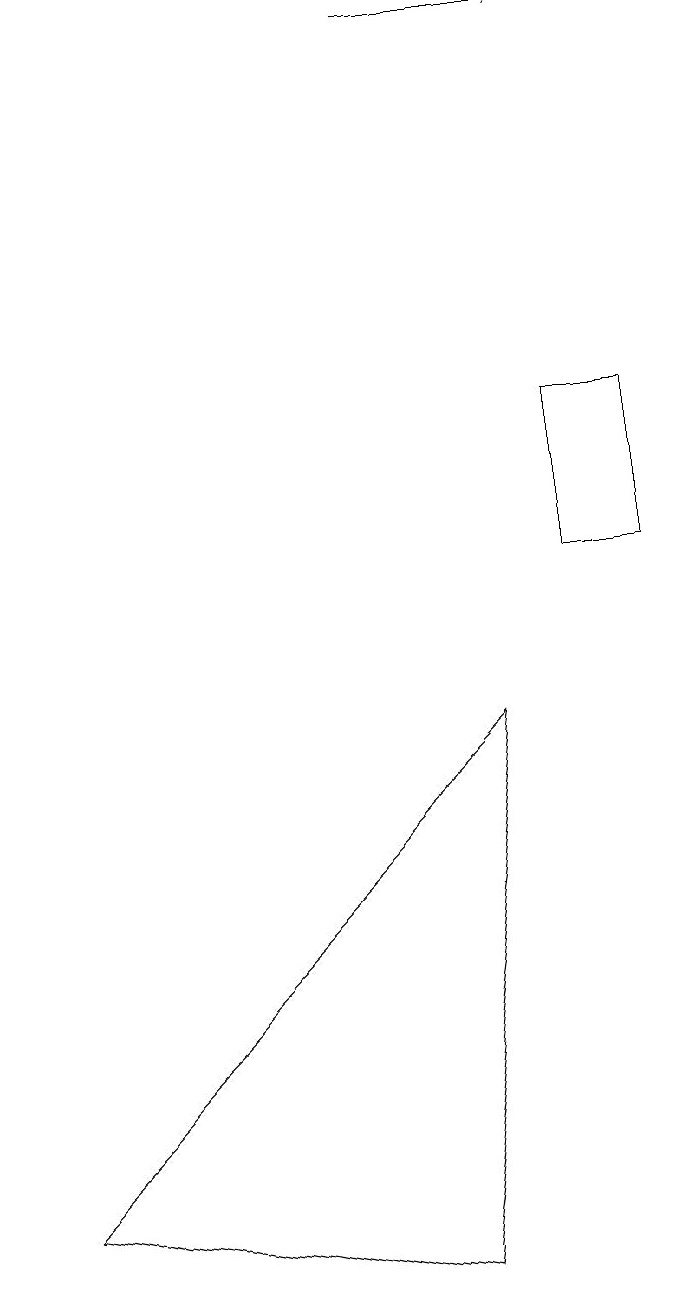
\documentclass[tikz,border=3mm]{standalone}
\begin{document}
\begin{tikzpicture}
\draw (7,11) rectangle (8,13);
\draw[->] (5,18) -- (7,18);
\draw (6,9) -- (5,2) -- (0,3) -- cycle;
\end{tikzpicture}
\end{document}